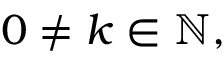
0 \neq k \in \mathbb { N } ,